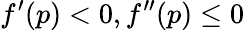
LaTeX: f^{\prime}(p)<0,f^{\prime\prime}(p)\leq 0